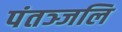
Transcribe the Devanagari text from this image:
पंतञ्जलि